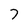
Character: 7